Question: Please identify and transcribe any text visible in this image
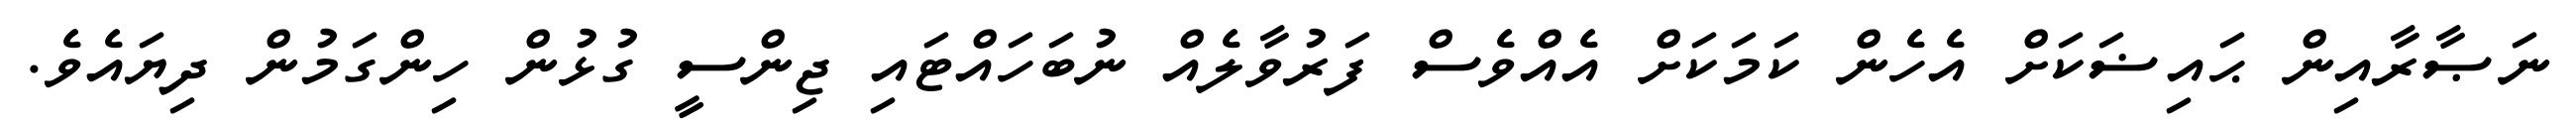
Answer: ނަޞާރާއިން ޙައިޟަކަށް އެހެން ކަމަކަށް އެއްވެސް ފަރުވާލެއް ނުބަހައްޓައި ޖިންސީ ގުޅުން ހިންގަމުން ދިޔައެވެ.